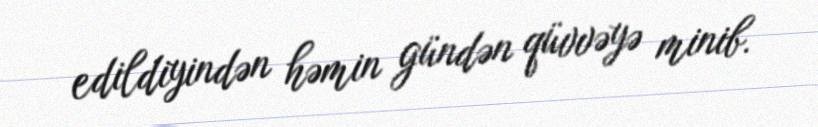
edildiyindən həmin gündən qüvvəyə minib.